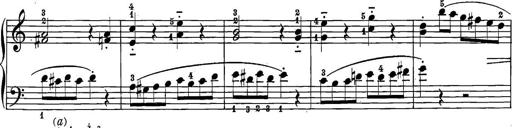
Title: 12 Sonatine per Pianoforte
Composer: Friedrich Kuhlau